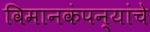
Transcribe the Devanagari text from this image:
विमानकंपन्यांचे